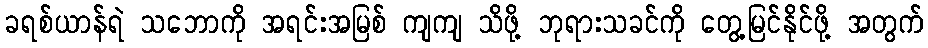
ခရစ်ယာန်ရဲ သဘောကို အရင်းအမြစ် ကျကျ သိဖို့ ဘုရားသခင်ကို တွေ့မြင်နိုင်ဖို့ အတွက်